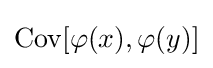
\mathrm {Cov} [\varphi (x),\varphi (y)]